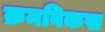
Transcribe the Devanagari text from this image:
क्रमविकस